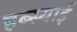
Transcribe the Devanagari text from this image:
हब्स्याई